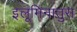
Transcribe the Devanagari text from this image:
इलूमिनातुस